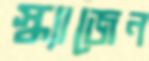
স্ক্যাজেন